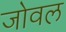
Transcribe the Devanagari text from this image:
जोवल